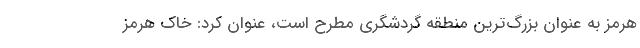
هرمز به عنوان بزرگ‌ترین منطقه گردشگری مطرح است، عنوان کرد: خاک هرمز